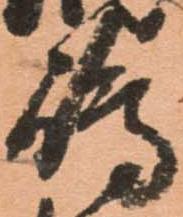
嶋